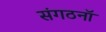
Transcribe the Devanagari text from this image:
संगठनॉ